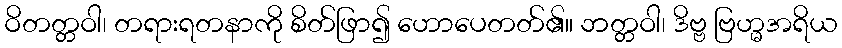
ဝိတတ္တဝါ၊ တရားရတနာကို စိတ်ဖြာ၍ ဟောပေတတ်၏။ ဘတ္တဝါ၊ ဒိဗ္ဗ ဗြဟ္မအရိယ